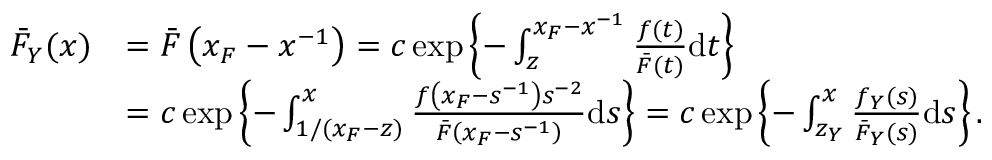
\begin{array} { r l } { \bar { F } _ { Y } ( x ) } & { = \bar { F } \left( x _ { F } - x ^ { - 1 } \right) = c \exp \left\{ - \int _ { z } ^ { x _ { F } - x ^ { - 1 } } \frac { f ( t ) } { \bar { F } ( t ) } \mathrm { d } t \right\} } \\ & { = c \exp \left\{ - \int _ { 1 / ( x _ { F } - z ) } ^ { x } \frac { f \left( x _ { F } - s ^ { - 1 } \right) s ^ { - 2 } } { \bar { F } \left( x _ { F } - s ^ { - 1 } \right) } \mathrm { d } s \right\} = c \exp \left\{ - \int _ { z _ { Y } } ^ { x } \frac { f _ { Y } ( s ) } { \bar { F } _ { Y } ( s ) } \mathrm { d } s \right\} . } \end{array}